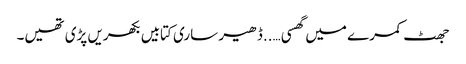
جھٹ کمرے میں گھسی …..ڈھیر ساری کتابیں بکھریں پڑی تھیں۔